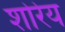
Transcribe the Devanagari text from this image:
शोरेय